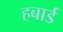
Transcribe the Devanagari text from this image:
हबार्ड